Plague in India, 1896, 1897 - Volume 1
Year: 1896
Disease focus: Plague
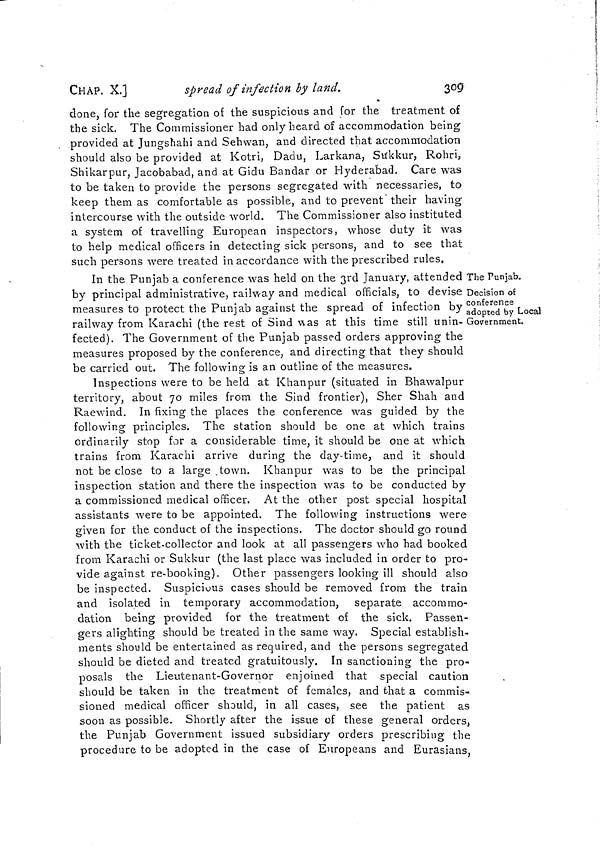
CHAP. X.]
spread of infection by land.
309
done, for the segregation of the suspicious and for the treatment of
the sick. The Commissioner had only heard of accommodation being
provided at Jungshahi and Sehwan, and directed that accommodation
should also be provided at Kotri, Dadu, Larkana, Stikkur, Rohri,
Shikarpur, Jacobabad, and at Gidu Bandar or Hyderabad. Care was
to be taken to provide the persons segregated with necessaries, to
keep them as comfortable as possible, and to prevent their having
intercourse with the outside world. The Commissioner also instituted
a system of travelling European inspectors, whose duty it was
to help medical officers in detecting sick persons, and to see that
such persons were treated in accordance with the prescribed rules,
The Punjab.
Decision of
conference
adopted by Local
Government.
In the Punjab a conference was held on the 3rd January, attended
by principal administrative, railway and medical officials, to devise
measures to protect the Punjab against the spread of infection by
railway from Karachi (the rest of Sind was at this time still unin-
fected). The Government of the Punjab passed orders approving the
measures proposed by the conference, and directing that they should
be carried out. The following is an outline of the measures.
Inspections were to be held at Khanpur (situated in Bhawalpur
territory, about 70 miles from the Sind frontier), Sher Shah and
Raewind. In fixing the places the conference was guided by the
following principles. The station should be one at which trains
ordinarily stop for a considerable time, it should be one at which
trains from Karachi arrive during the clay-time, and it should
not be close to a large town. Khanpur was to be the principal
inspection station and there the inspection was to be conducted by
a commissioned medical officer. At the other post special hospital
assistants were to be appointed. The following instructions were
given for the conduct of the inspections. The doctor should go round
with the ticket-collector and look at all passengers who had booked
from Karachi or Sukkur (the last place was included in order to pro-
vide against re-booking). Other passengers looking ill should also
be inspected. Suspicious cases should be removed from the train
and isolated in temporary accommodation, separate accommo-
dation being provided for the treatment of the sick. Passen-
gers alighting should be treated in the same way. Special establish-
ments should be entertained as required, and the persons segregated
should be dieted and treated gratuitously. In sanctioning the pro-
posals the Lieutenant-Governor enjoined that special caution
should be taken in the treatment of females, and that a commis-
sioned medical officer should, in all cases, see the patient as
soon as possible. Shortly after the issue of these general orders,
the Punjab Government issued subsidiary orders prescribing the
procedure to be adopted in the case of Europeans and Eurasians,